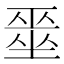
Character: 𭏞